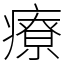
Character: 療